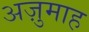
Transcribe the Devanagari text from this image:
अज़ुमाह